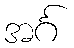
အင်္ဂ